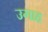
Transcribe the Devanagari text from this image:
उगाह